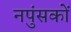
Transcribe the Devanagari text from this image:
नपुंसकों